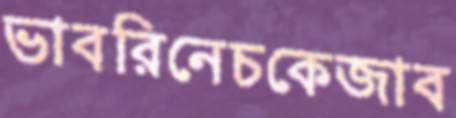
ভাবরিনেচকেজাব